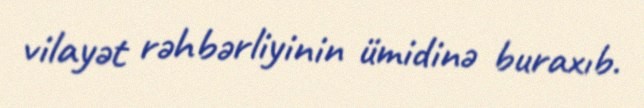
vilayət rəhbərliyinin ümidinə buraxıb.